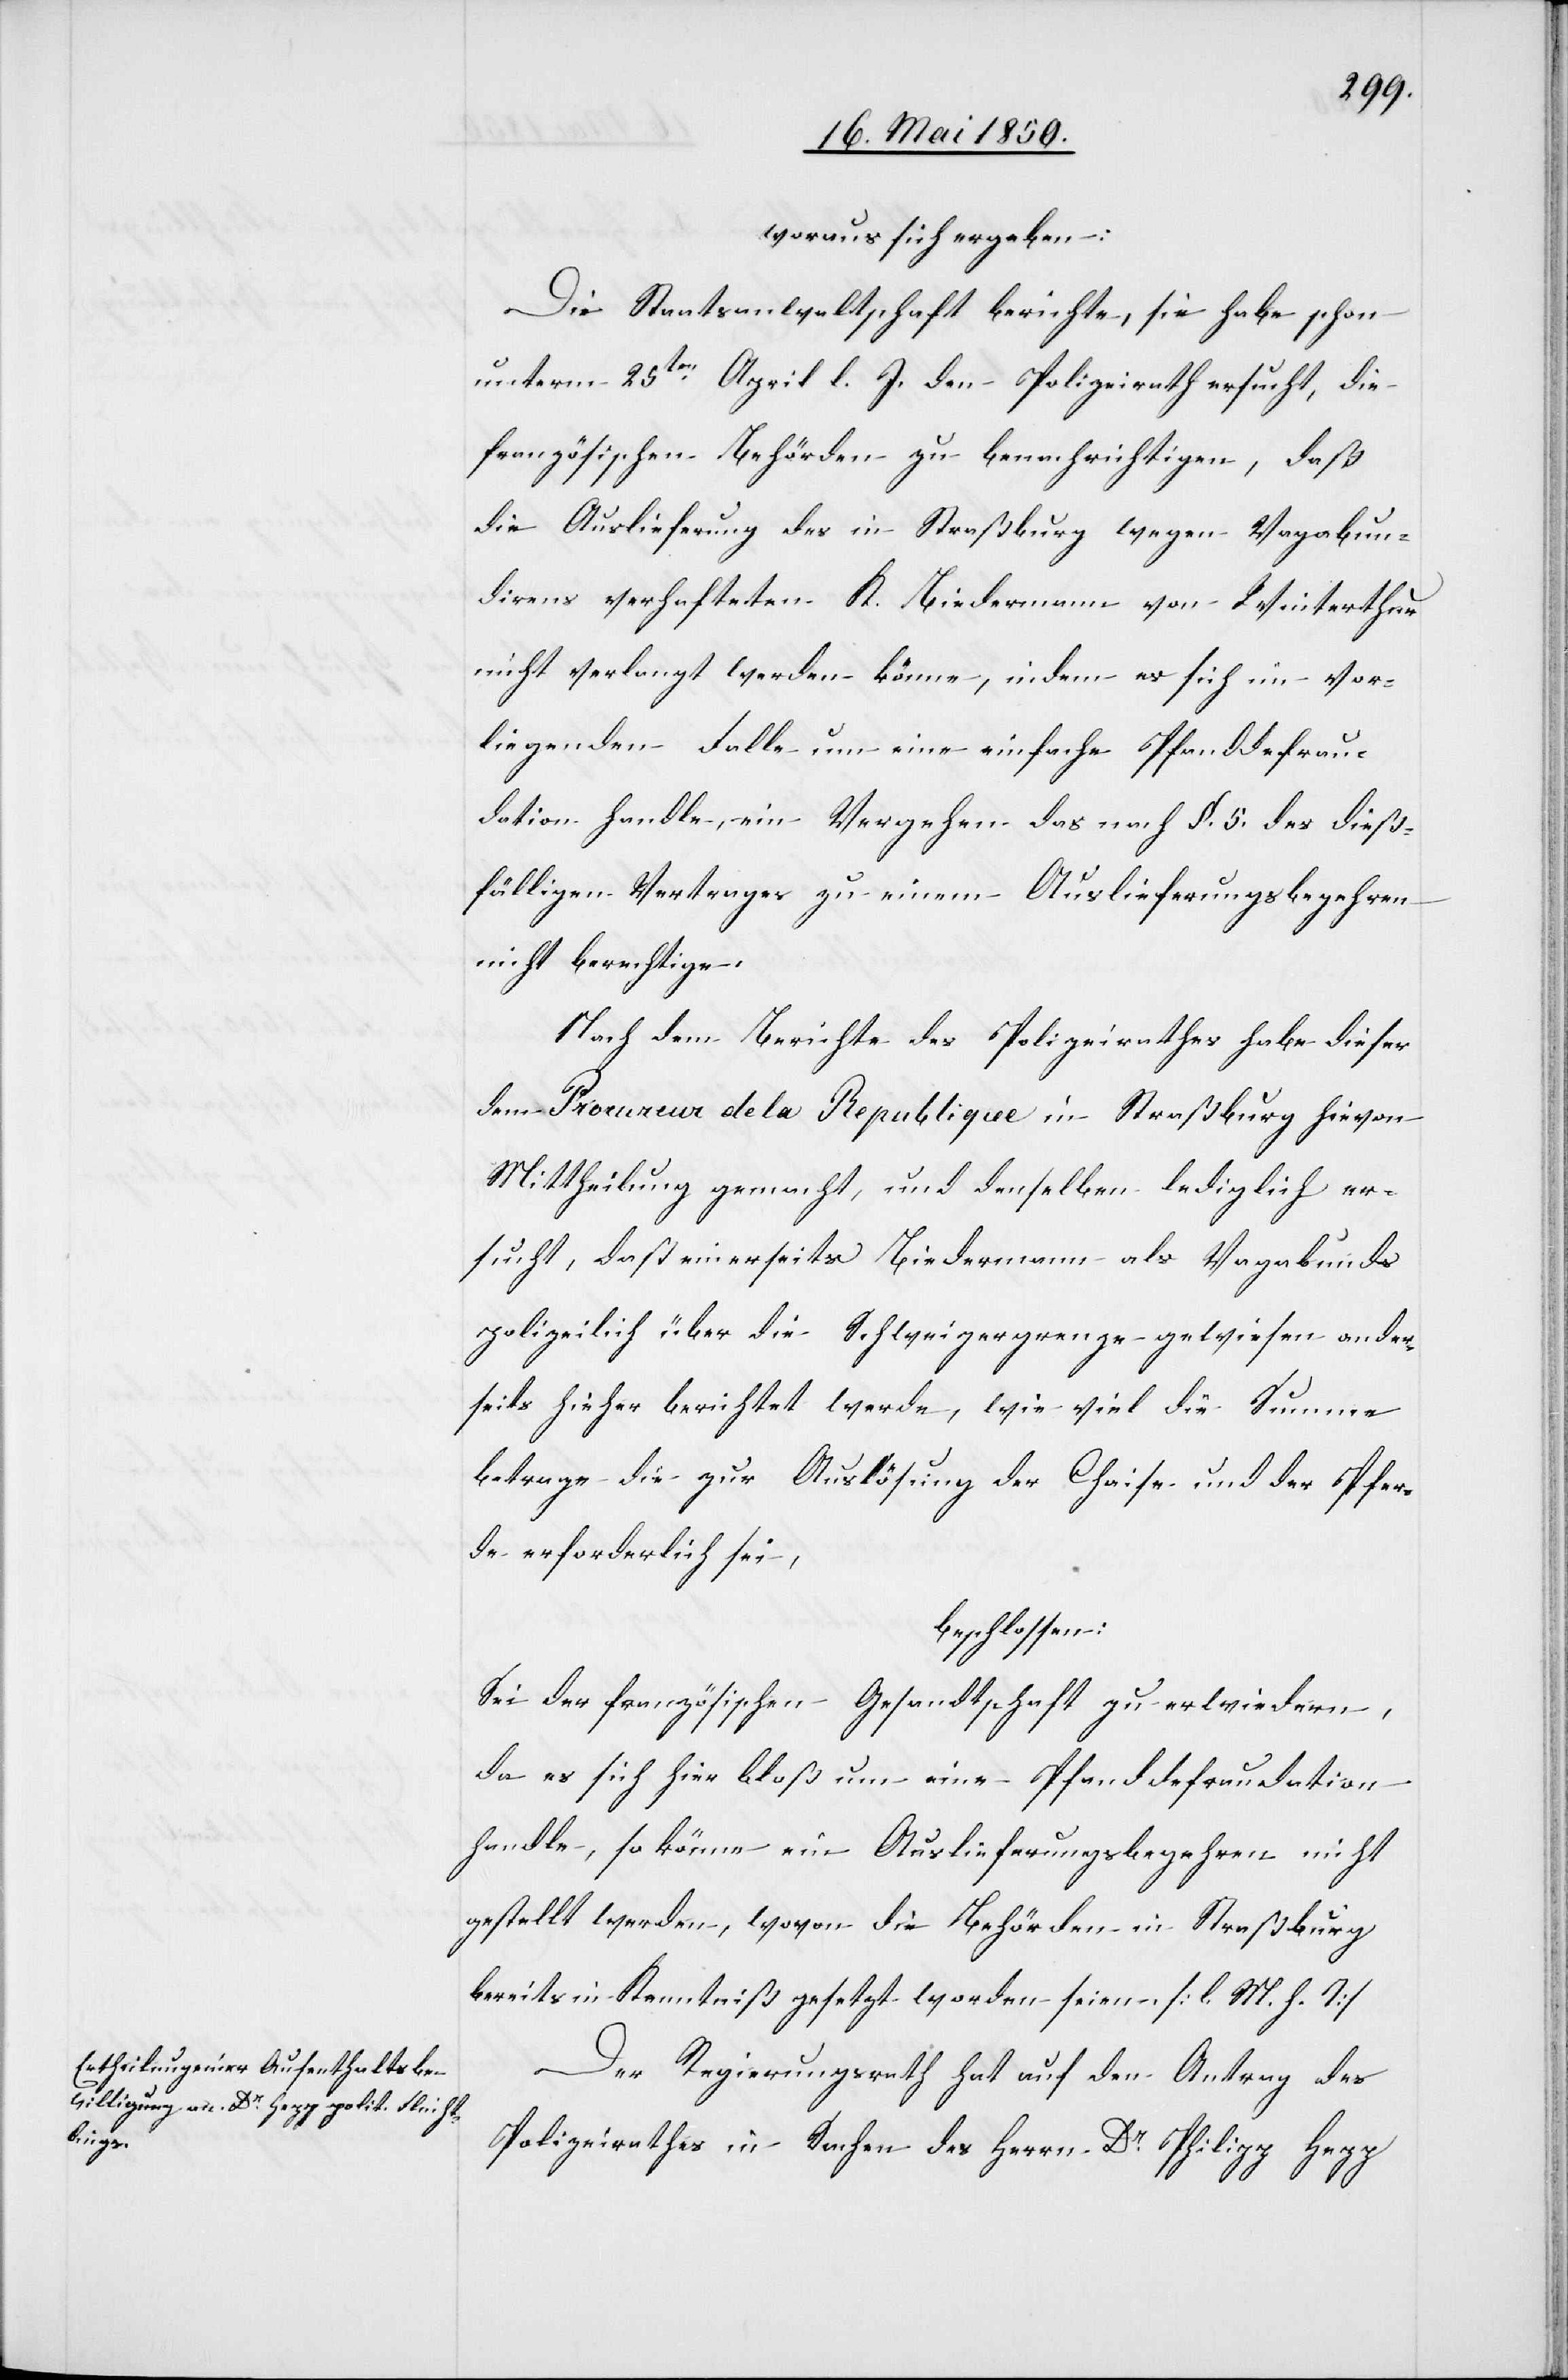
woraus sich ergeben:
Die Staatsanwaltschaft berichte, sie habe schon
unterm 25ten April l. J. den Polizeirath ersucht, die
französischen Behörden zu benachrichtigen, daß
die Auslieferung des in Straßburg wegen Vagabun¬
direns verhafteten K. Biedermann von Winterthur
nicht verlangt werden könne, indem es sich im vor¬
liegenden Falle um eine einfache Pfanddefrau¬
dation handle, ein Vergehen das nach §. 5. des dieß¬
fälligen Vertrages zu einem Auslieferungsbegehren
nicht berechtige.
Nach dem Berichte des Polizeirathes habe dieser
dem Procureur de la Republique in Straßburg hievon
Mittheilung gemacht, und denselben lediglich er¬
sucht, daß einerseits Biedermann als Vagabunds
polizeilich über die Schweizergrenze gewiesen ander¬
seits hieher berichtet werde, wie viel die Summe
betrage die zur Auslösung der Chaise und der Pfer¬
de erforderlich sei,
beschlossen:
Sei der französischen Gesandtschaft zu erwiedern,
da es sich hier bloß um eine Pfanddefraudation
handle, so könne ein Auslieferungsbegehren nicht
gestellt werden, wovon die Behörden in Straßburg
bereits in Kenntniß gesetzt worden seien. [l. M. h. T]
Der Regierungsrath hat auf den Antrag des
Polizeirathes in Sachen des Herrn Dr Philipp Hepp